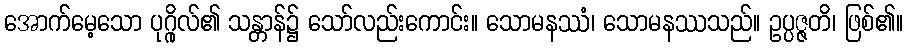
အောက်မေ့သော ပုဂ္ဂိုလ်၏ သန္တာန်၌ သော်လည်းကောင်း။ သောမနဿံ၊ သောမနဿသည်။ ဥပ္ပဇ္ဇတိ၊ ဖြစ်၏။